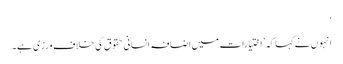
‘
انہوں نے کہا کہ ’اختیارات میں اضافہ انسانی حقوق کی خلاف ورزی ہے۔